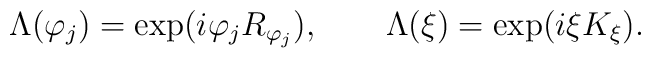
\Lambda (\varphi _{j})=\exp (i\varphi _{j}R_{\varphi _{j}}),\qquad \Lambda(\xi )=\exp (i\xi K_{\xi }).